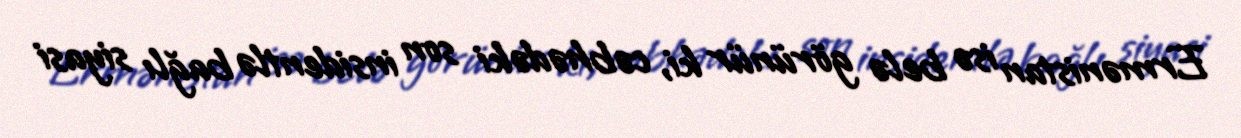
Ermənistan isə belə görünür ki, cəbhədəki son insidentlə bağlı siyasi